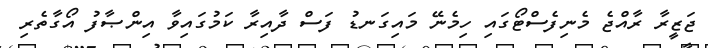
ޖަޒީރާ ރާއްޖެ މެނިފެސްޓޯގައި ހިމެނޭ މައިގަނޑު ފަސް ދާއިރާ ކަމުގައިވާ އިންޞާފު އޯގާތެރި